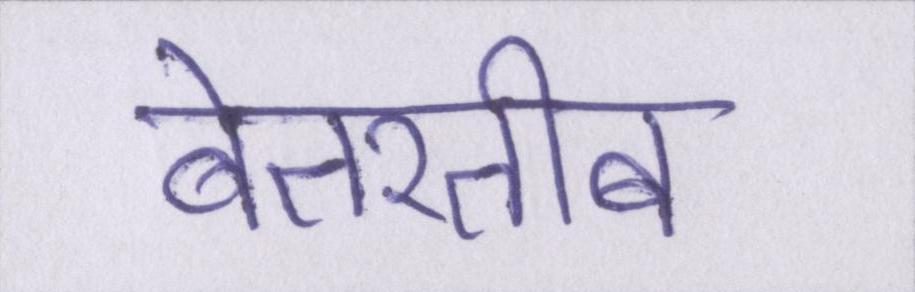
बेतरतीब